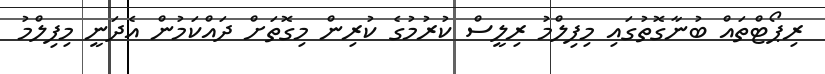
ރިޕޯޓްތައް ބުނާގޮތުގައި މިފިލްމު ރިލީސް ކުރުމުގެ ކުރިން މިގޮތަށް ދައްކަމުން އެދަނީ މިފިލްމު